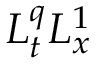
L _ { t } ^ { q } L _ { x } ^ { 1 }